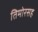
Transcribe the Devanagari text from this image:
तिमोरसह